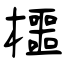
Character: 櫮